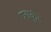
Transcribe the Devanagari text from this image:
पद्मकुंड